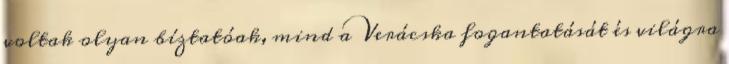
voltak olyan bíztatóak, mind a Verácska fogantatását és világra